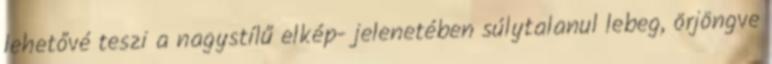
lehetővé teszi a nagystílű elkép- jelenetében súlytalanul lebeg, örjöngve